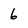
Character: 6